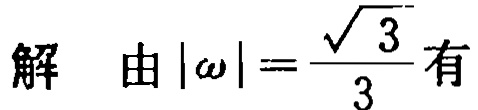
解 由\(|\omega|=\frac{\sqrt{3}}{3}\)有